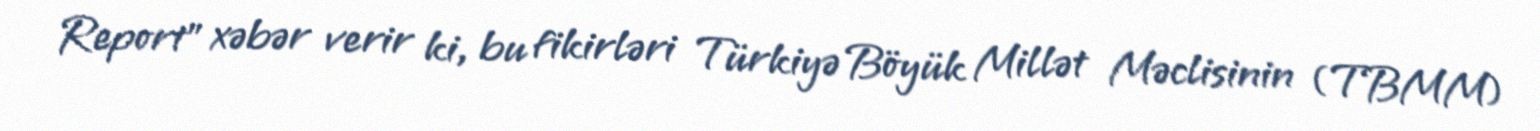
Report" xəbər verir ki, bu fikirləri Türkiyə Böyük Millət Məclisinin (TBMM)